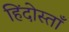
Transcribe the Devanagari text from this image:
हिंदोस्ताँ